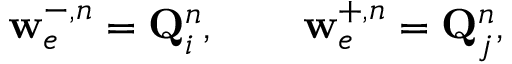
\mathbf { w } _ { e } ^ { - , n } = \mathbf { Q } _ { i } ^ { n } , \qquad \mathbf { w } _ { e } ^ { + , n } = \mathbf { Q } _ { j } ^ { n } ,